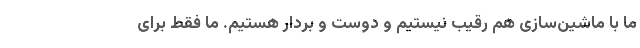
ما با ماشین‌سازی هم رقیب نیستیم و دوست و بردار هستیم. ما فقط برای